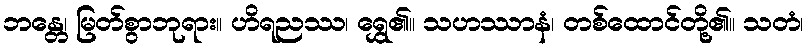
ဘန္တေ၊ မြတ်စွာဘုရား။ ဟိရညဿ၊ ရွှေ၏။ သဟဿာနံ၊ တစ်ထောင်တို့၏။ သတံ၊